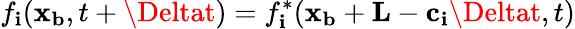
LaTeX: f_{\mathbf{i}}(\mathbf{{x_{b}}},t+\Deltat)=f_{\mathbf{i}}^{*}(\mathbf{{x_{b}}}+\mathbf{{L}}-\mathbf{{c_{\mathbf{i}}}}\Deltat,t)